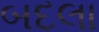
બદલા